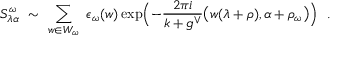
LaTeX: S _ { \lambda \alpha } ^ { \omega } \ \sim \ \sum _ { w \in W _ { \omega } } \ \epsilon _ { \omega } ( w ) \exp \Bigl ( - \frac { 2 \pi i } { k + g ^ { \vee } } \bigl ( w ( \lambda + \rho ) , \alpha + \rho _ { \omega } \bigr ) \Bigr ) \ \ .